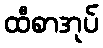
ထီစာအုပ်